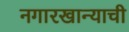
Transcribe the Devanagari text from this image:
नगारखान्याची